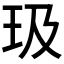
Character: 𪻏